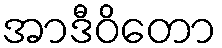
အာဒီဝိတော